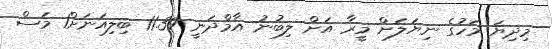
މިދިޔަ މަހުގެ ނިޔަލަށް މީރާ އަށް ލިބުނު އާމްދަނީ 11.39 ބިލިއަނަށް1 މަސް